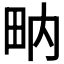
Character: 𤱅